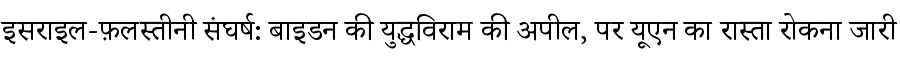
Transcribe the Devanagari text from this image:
इसराइल-फ़लस्तीनी संघर्ष: बाइडन की युद्धविराम की अपील, पर यूएन का रास्ता रोकना जारी